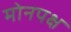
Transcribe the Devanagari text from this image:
मोनपक्ष